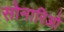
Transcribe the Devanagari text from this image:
सोनारिओ